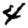
Digit: 4